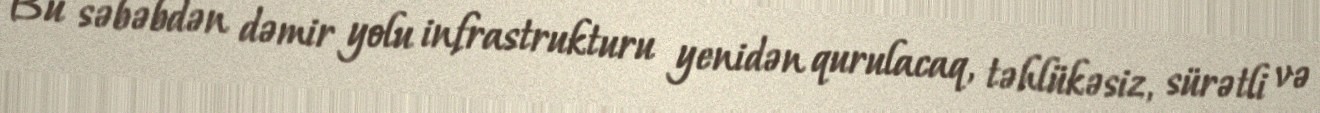
Bu səbəbdən dəmir yolu infrastrukturu yenidən qurulacaq, təhlükəsiz, sürətli və